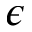
\epsilon